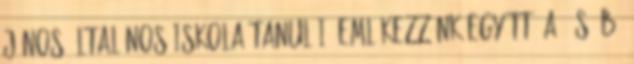
János Általános Iskola tanulói. Emlékezzünk együtt “A” és “B”